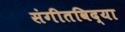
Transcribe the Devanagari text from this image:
संगीतविद्या